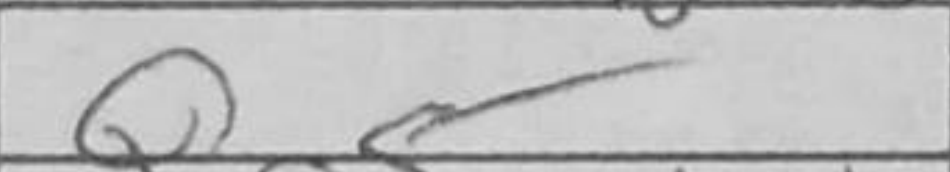
Transcription: Qg5